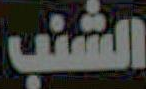
الشنب